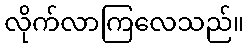
လိုက်လာကြလေသည်။